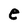
Character: e